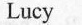
Lucy